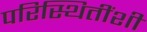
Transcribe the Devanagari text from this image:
परिस्थितींशी